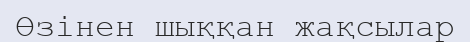
Өзінен шыққан жақсылар